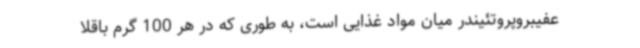
عفیبروپروتئیندر میان مواد غذایی است، به ‌طوری که در هر 100 گرم باقلا